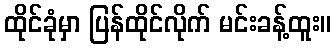
ထိုင်ခုံမှာ ပြန်ထိုင်လိုက် မင်းခန့်ထူး။